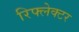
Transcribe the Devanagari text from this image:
रिफ्लेक्‍टर